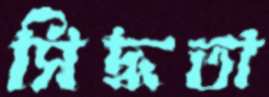
সিদ্ধতা